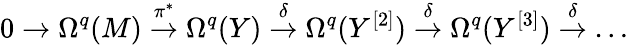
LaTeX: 0\to\Omega^{q}(M)\stackrel{\pi^{*}}{\to}\Omega^{q}(Y)\stackrel{\delta}{\to}\Omega^{q}(Y^{[2]})\stackrel{\delta}{\to}\Omega^{q}(Y^{[3]})\stackrel{\delta}{\to}\dots